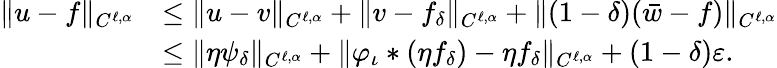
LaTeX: \begin{array}{rl}{\lVert u-f\rVert_{C^{\ell,\alpha}}}&{\leq\lVert u-v\rVert_{C^{\ell,\alpha}}+\lVert v-f_{\delta}\rVert_{C^{\ell,\alpha}}+\lVert(1-\delta)(\bar{w}-f)\rVert_{C^{\ell,\alpha}}}\\ &{\leq\| \eta\psi_{\delta}\| _{C^{\ell,\alpha}}+\lVert\varphi_{\iota}*(\eta f_{\delta})-\eta f_{\delta}\rVert_{C^{\ell,\alpha}}+(1-\delta)\varepsilon.}\end{array}